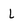
Character: L